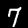
Label: 7